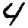
Digit: 4